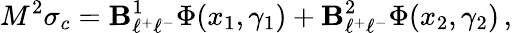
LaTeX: M^{2}\sigma_{c}=\mathbf{B}_{\ell^{+}\ell^{-}}^{1}\Phi(x_{1},\gamma_{1})+\mathbf{B}_{\ell^{+}\ell^{-}}^{2}\Phi(x_{2},\gamma_{2})\, ,